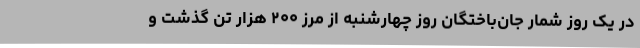
در یک روز شمار جان‌باختگان روز چهارشنبه از مرز ۲۰۰ هزار تن گذشت و